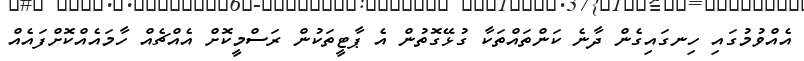
އެއްވުމުގައި ހިނގައިގެން ދާނެ ކަންތައްތަކާ ގުޅޭގޮތުން އެ ޕާޓީތަކުން ރަސްމީކޮށް އެއްޗެއް ހާމައެއްކޮށްފައެއް